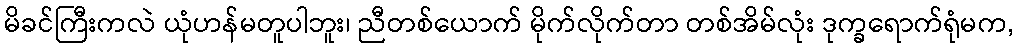
မိခင်ကြီးကလဲ ယုံဟန်မတူပါဘူး၊ ညီတစ်ယောက် မိုက်လိုက်တာ တစ်အိမ်လုံး ဒုက္ခရောက်ရုံမက,